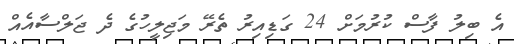
އެ ބިލު ފާސް ކުރުމަށް 24 ގަޑިއިރު ތެރޭ މަޖިލީހުގެ ދެ ޖަލްސާއެއް